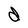
Character: d